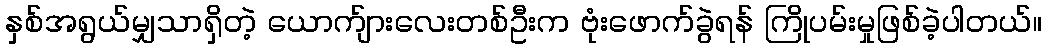
နှစ်အရွယ်မျှသာရှိတဲ့ ယောက်ျားလေးတစ်ဦးက ဗုံးဖောက်ခွဲရန် ကြိုပမ်းမှုဖြစ်ခဲ့ပါတယ်။